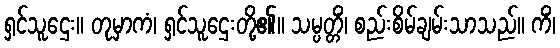
ရှင်သူဌေး။ တုမှာကံ၊ ရှင်သူဌေးတို့၏။ သမ္ပတ္တိံ၊ စည်းစိမ်ချမ်းသာသည်။ ကိံ၊